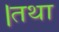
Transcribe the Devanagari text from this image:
।तथा